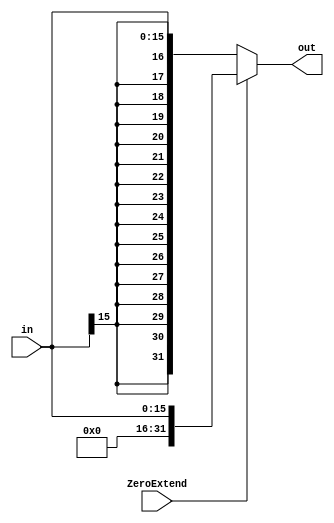
`timescale 1ns / 1ps
////////////////////////////////////////////////////////////////////////////////
// ECE369 - Computer Architecture
// 
// Module - SignExtension.v
// Description - Sign extension module.
////////////////////////////////////////////////////////////////////////////////
module SignExtension(in, out, ZeroExtend);

    /* A 16-Bit input word */
    input [15:0] in;
    
    /* A 32-Bit output word */
    output [31:0] out;
    
    //A control signal to either zero extend or sign extend
    input ZeroExtend;
    
    /* Fill in the implementation here ... */
    reg[31:0] out;
    wire[15:0] in;
    
    always @(in)
    begin
        if(ZeroExtend == 0) begin
            out[31:0] <= { {16{in[15]}}, in[15:0]};
        end
        else out[31:0] <= { 16'b0, in[15:0]};
    end

endmodule